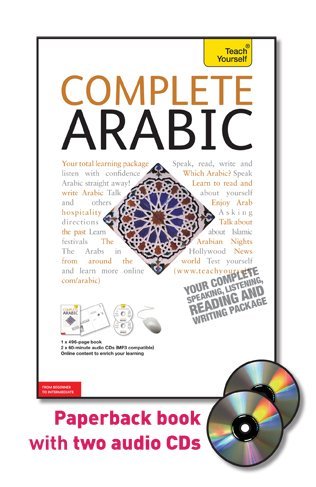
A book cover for Complete Arabic with Two Audio CDs: A Teach Yourself Guide (Teach Yourself Language); Jack Smart; Travel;